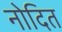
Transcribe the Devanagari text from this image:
नोदित